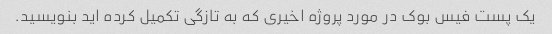
یک پست فیس بوک در مورد پروژه اخیری که به تازگی تکمیل کرده اید بنویسید.